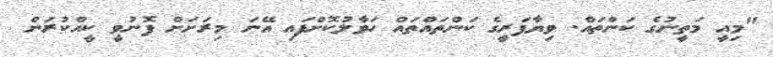
"މިއީ މަތީނުގެ ކަންތައް. ވިޔާފަރީގެ ކަންތައްތައް ހަވާލުކޮށްފައި އޭނަ މިރަށަށް ފޮނުވީ ކީއްކުރަން